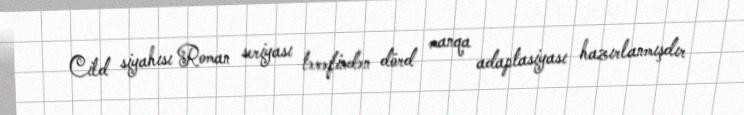
Cild siyahısı Roman seriyası tərəfindən dörd manqa adaptasiyası hazırlanmışdır